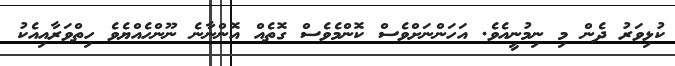
ކުޅިވަރު ދެން މި ނިމުނީއެވެ. އަހަންނަށްވެސް ކޮންމެވެސް ގޮތެއް އޮންނާނެ ނޫންހެއްޔެވެ ހިތްވަރާއިއެކު